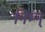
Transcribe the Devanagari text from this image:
निम्न्